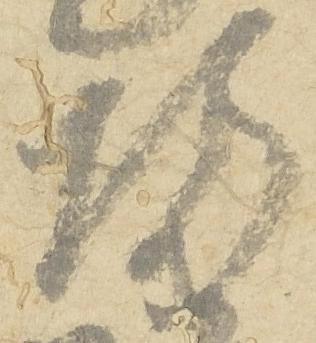
坊